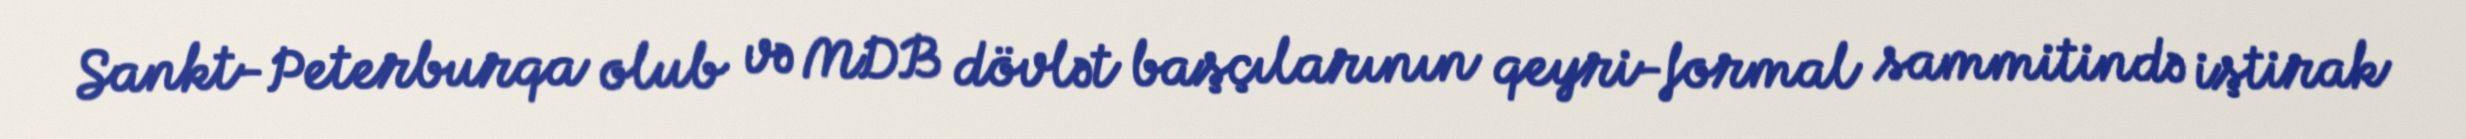
Sankt-Peterburqa olub və MDB dövlət başçılarının qeyri-formal sammitində iştirak